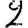
Digit: 2